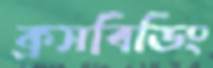
ক্রসবিডিং